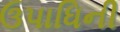
ઉપાધિની